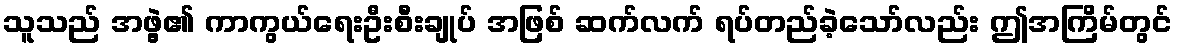
သူသည် အဖွဲ့၏ ကာကွယ်ရေးဦးစီးချုပ် အဖြစ် ဆက်လက် ရပ်တည်ခဲ့သော်လည်း ဤအကြိမ်တွင်